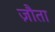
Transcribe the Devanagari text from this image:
ज़ौता